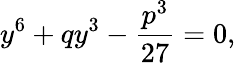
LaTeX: y^{6}+qy^{3}-\frac{p^{3}}{27}=0,